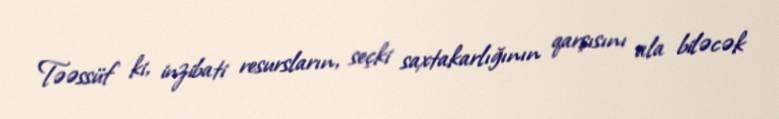
Təəssüf ki, inzibati resursların, seçki saxtakarlığının qarşısını ala biləcək